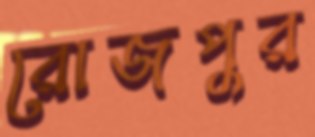
রোজপুর